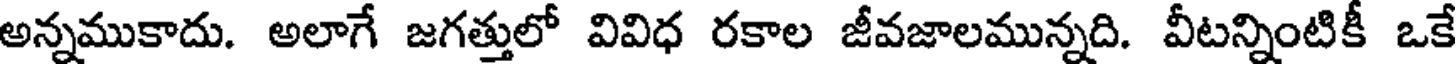
అన్నముకాదు. అలాగే జగత్తులో వివిధ రకాల జీవజాలమున్నది. వీటన్నింటికీ ఒకే